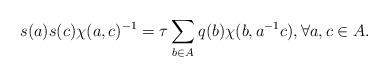
LaTeX: \begin{align*}s(a)s(c)\chi(a,c)^{-1}=\tau\sum_{b\in A}q(b)\chi(b,a^{-1}c), \forall a, c \in A.\end{align*}